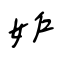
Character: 妒